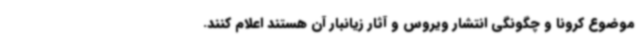
موضوع کرونا و چگونگی انتشار ویروس و آثار زیانبار آن هستند اعلام کنند.